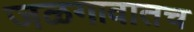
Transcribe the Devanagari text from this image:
जळगावातच